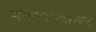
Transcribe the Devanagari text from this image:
सत्ताकाळादरम्यान